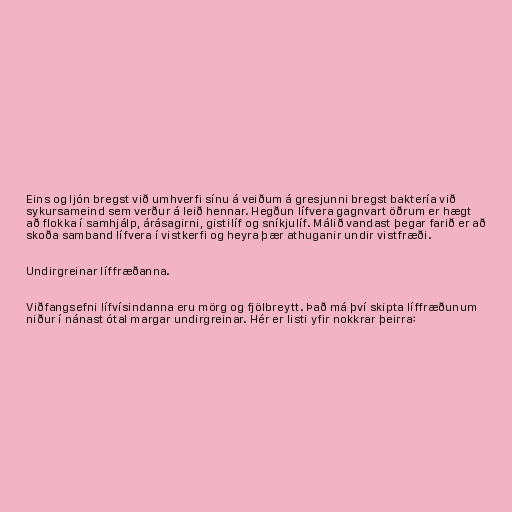
Eins og ljón bregst við umhverfi sínu á veiðum á gresjunni bregst baktería við
sykursameind sem verður á leið hennar. Hegðun lífvera gagnvart öðrum er hægt
að flokka í samhjálp, árásagirni, gistilíf og sníkjulíf. Málið vandast þegar farið er að
skoða samband lífvera í vistkerfi og heyra þær athuganir undir vistfræði.

Undirgreinar líffræðanna.

Viðfangsefni lífvísindanna eru mörg og fjölbreytt. Það má því skipta líffræðunum
niður í nánast ótal margar undirgreinar. Hér er listi yfir nokkrar þeirra: